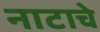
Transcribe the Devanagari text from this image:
नाटाचे